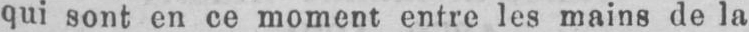
qui sont en ce moment entre les mains de la